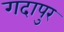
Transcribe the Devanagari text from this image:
गदापुर